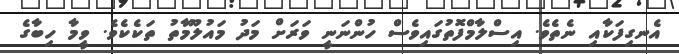
އެނގިފަކާއި ނެތެވެ. އިސްލާމްފޮތުގައިވެސް ހުންނަނީ ވަރަށް މަދު މައުލޫމާތު ތަކެކެވެ. ވީމާ ހިބާގެ